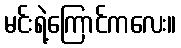
မင်းရဲ့ကြောင်ကလေး။